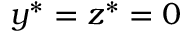
{ { y } ^ { * } } = { { z } ^ { * } } = 0